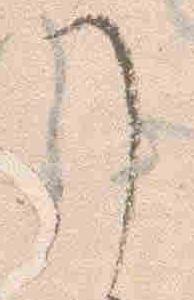
了